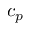
c _ { p }